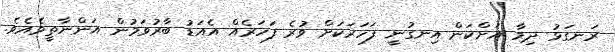
ރަނގަޅު ދިމާ އަށްކަން އިނގުނީ ފަހަރަކަށް ވުރެ ފަހަރެއް އެއަޑު ބާރުވަމުން އަންނާތީވެއެވެ.